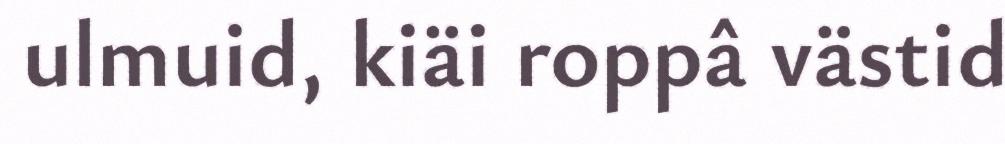
ulmuid, kiäi roppâ västid